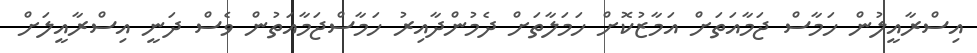
އިސްރާއީލުން ހަމާސް ޖަމާއަތަށް އަމާޒުކޮށް ހަމަލާތަށް ދެމުންދާއިރު ހަމާސްޖަމާއަތުން ވެސް ދަނީ އިސްރާއީލަށް